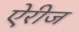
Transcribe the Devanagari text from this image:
ऐरीज